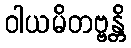
ဝါယမိတဗ္ဗန္တိ